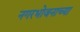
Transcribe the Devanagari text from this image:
नगरभोजनाच्या